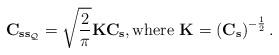
LaTeX: \begin{align*}\mathbf{C}_{\mathbf{s}\mathbf{s}_\mathcal{Q}}=\sqrt{\frac{2}{\pi}}\mathbf{K}\mathbf{C}_{\mathbf{s}},\mbox{where } \mathbf{K}=\left(\mathbf{C}_{\mathbf{s}}\right)^{-\frac{1}{2}}.\end{align*}